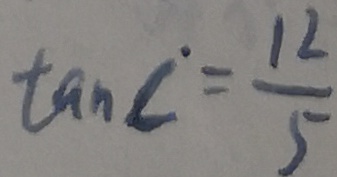
\tan C = \frac { 1 2 } { 5 }